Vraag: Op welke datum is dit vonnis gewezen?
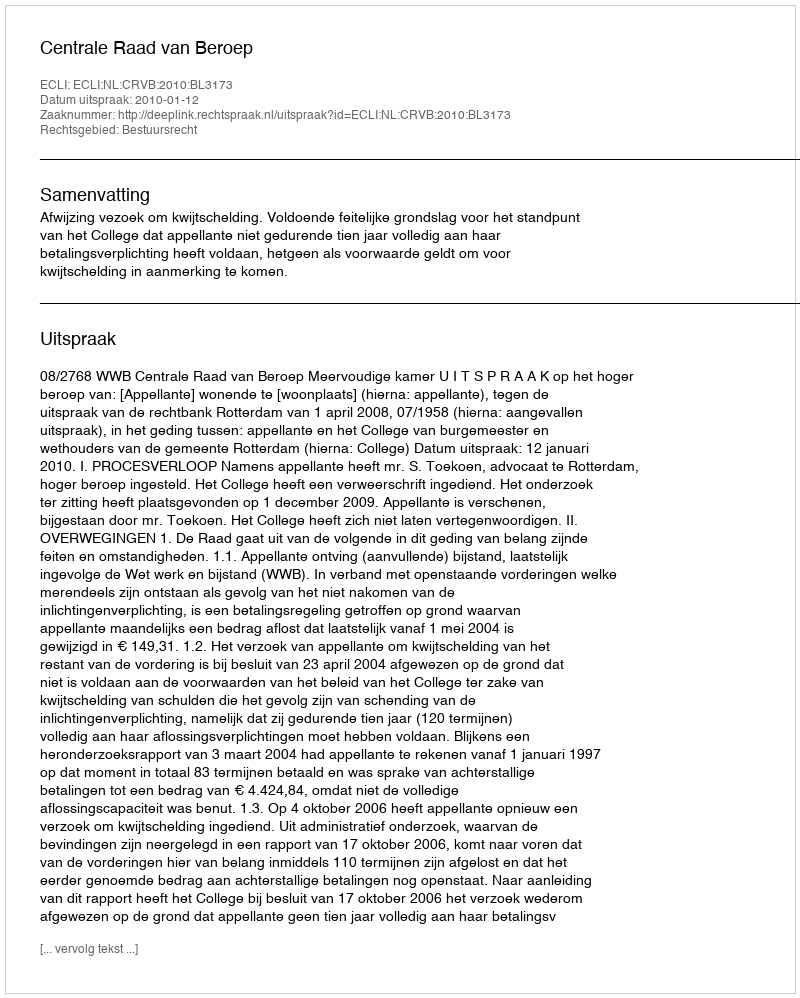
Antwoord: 2010-01-12